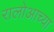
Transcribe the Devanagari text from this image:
रालोआच्या